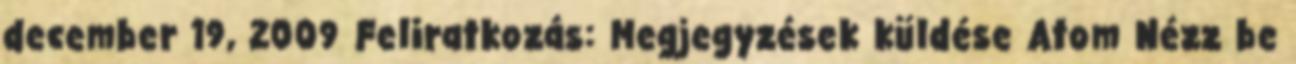
december 19, 2009 Feliratkozás: Megjegyzések küldése Atom Nézz be